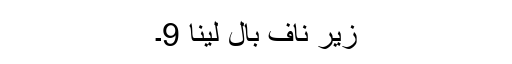
زیرِ ناف بال لینا 9۔